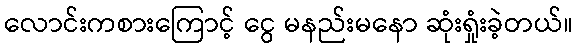
လောင်းကစားကြောင့် ငွေ မနည်းမနော ဆုံးရှုံးခဲ့တယ်။